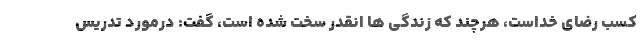
کسب رضای خداست، هرچند که زندگی ها انقدر سخت شده است، گفت: درمورد تدریس